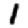
Digit: 1